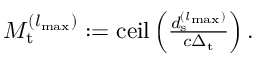
\begin{array} { r } { M _ { \mathrm { t } } ^ { ( { l _ { { \mathrm { m a x } } } } ) } : = \mathrm { c e i l } \left( \frac { d _ { \mathrm { s } } ^ { ( { l _ { { \mathrm { m a x } } } } ) } } { c \Delta _ { \mathrm { t } } } \right) . } \end{array}